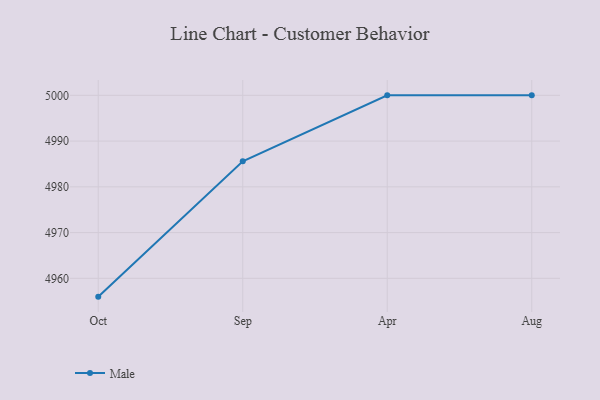
{"axis": {"x": "Month", "y": "Backlog"}, "legend": ["Male"], "data": [{"x": "Oct", "y": 4956.0, "type": "Male"}, {"x": "Sep", "y": 4985.6, "type": "Male"}, {"x": "Apr", "y": 5000, "type": "Male"}, {"x": "Aug", "y": 5000, "type": "Male"}]}